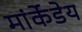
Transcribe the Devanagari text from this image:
मांर्केडेय